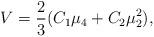
LaTeX: \begin{align*}V = \frac{2}{3}(C_1 \mu_4 + C_2 \mu_2^2),\end{align*}